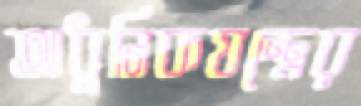
আধুনিকযন্ত্রের